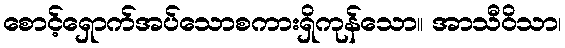
စောင့်ရှောက်အပ်သောစကားရှိကုန်သော။ အာသီဝိသာ၊